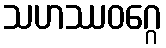
သဟဿဝဂ္ဂေ